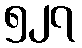
၅၂၇